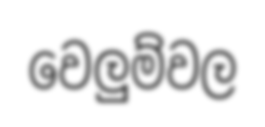
වෙලුම්වල